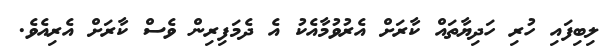
ލިބިފައި ހުރި ހަދިޔާތައް ކާރަށް އެރުވުމާއެކު އެ ދެމަފިރިން ވެސް ކާރަށް އެރިއެވެ.